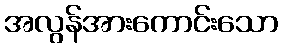
အလွန်အားကောင်းသော